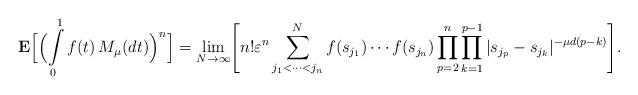
LaTeX: \begin{align*}{\bf E}\Bigl[\Bigl(\int\limits_0^1 f(t)\,M_\mu(dt)\Bigr)^n\Bigr] = \lim\limits_{N\rightarrow \infty}\Biggl[n!\varepsilon^n \sum\limits_{j_1<\cdots< j_n}^N f(s_{j_1})\cdots f(s_{j_n}) \prod\limits_{p=2}^n \prod\limits_{k=1}^{p-1}|s_{j_p}-s_{j_k}|^{-\mu d(p-k)}\Biggr].\end{align*}